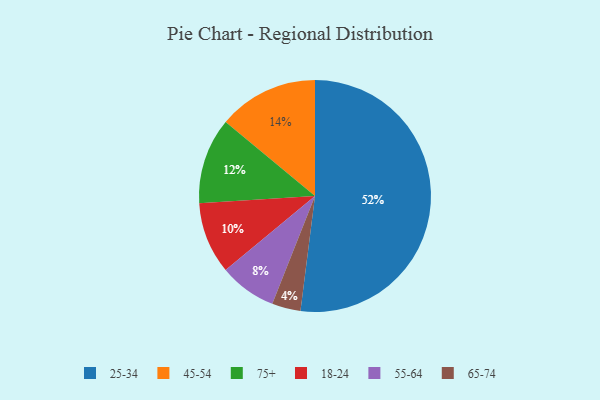
{"axis": {"x": "Category", "y": "Percentage"}, "legend": ["18-24", "25-34", "45-54", "55-64", "65-74", "75+"], "data": [{"x": "45-54", "y": 14, "type": "45-54"}, {"x": "18-24", "y": 10, "type": "18-24"}, {"x": "65-74", "y": 4, "type": "65-74"}, {"x": "75+", "y": 12, "type": "75+"}, {"x": "55-64", "y": 8, "type": "55-64"}, {"x": "25-34", "y": 52, "type": "25-34"}]}